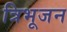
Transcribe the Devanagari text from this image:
त्रिभूजन